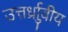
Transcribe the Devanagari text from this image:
उत्तर्ध्राुवीय